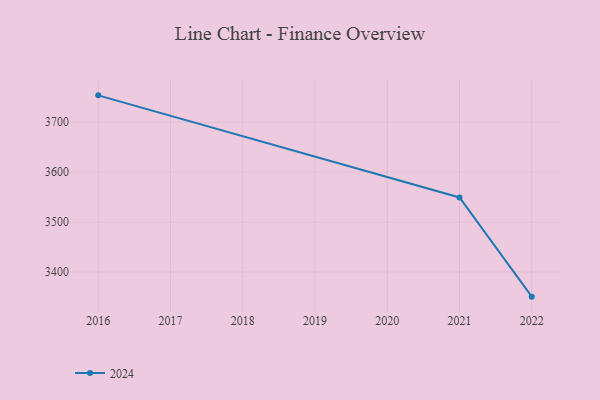
{"axis": {"x": "Year", "y": "Shipments"}, "legend": ["2024"], "data": [{"x": "2022", "y": 3350.7, "type": "2024"}, {"x": "2021", "y": 3549.3, "type": "2024"}, {"x": "2016", "y": 3753.7, "type": "2024"}]}